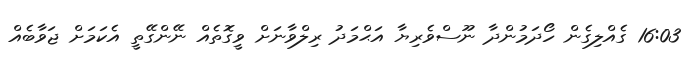
16:03 ގެއްލިގެން ހޯދަމުންދާ ނޫސްވެރިޔާ އަޙްމަދު ރިލްވާނަށް ވީގޮތެއް ނޭންގޭތީ އެކަމަށް ޖަވާބެއް